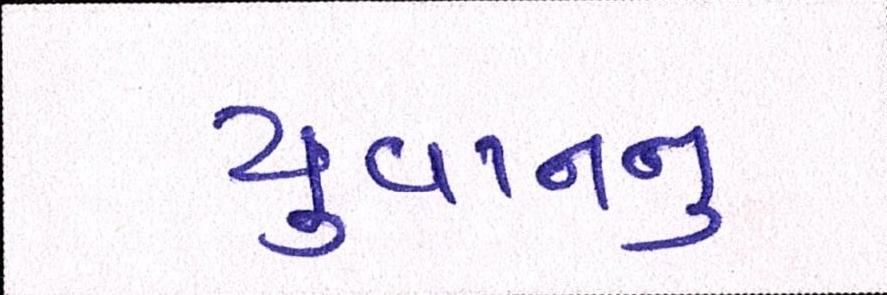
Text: યુવાનનુ